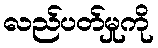
လည်ပတ်မှုကို